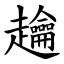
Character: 䟑